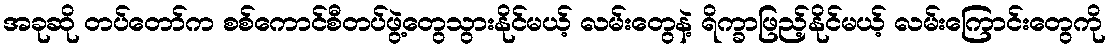
အခုဆို တပ်တော်က စစ်ကောင်စီတပ်ဖွဲ့တွေသွားနိုင်မယ့် လမ်းတွေနဲ့ ရိက္ခာဖြည့်နိုင်မယ့် လမ်းကြောင်းတွေကို